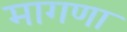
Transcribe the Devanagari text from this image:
मागणा